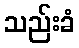
သည်းခံ